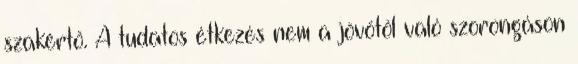
szakértő. A tudatos étkezés nem a jövőtől való szorongáson